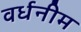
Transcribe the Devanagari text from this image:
वर्धनीम